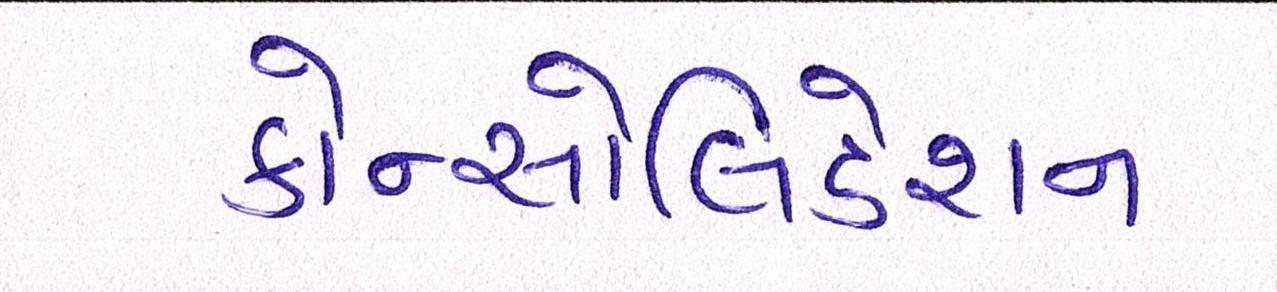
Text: કોન્સોલિડેશન